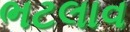
ભટલાવ